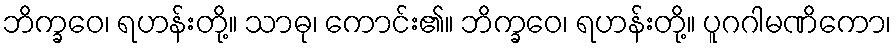
ဘိက္ခဝေ၊ ရဟန်းတို့။ သာဓု၊ ကောင်း၏။ ဘိက္ခဝေ၊ ရဟန်းတို့။ ပူဂဂါမဏိကော၊